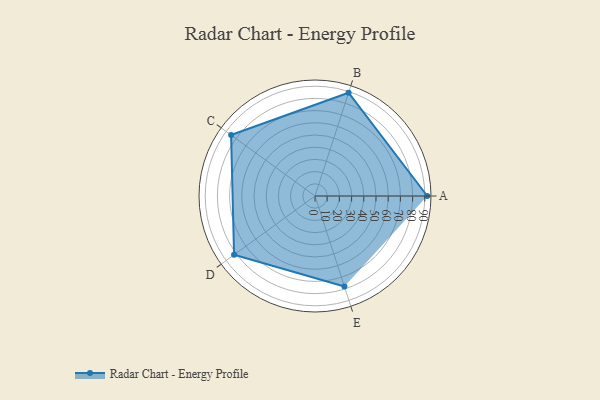
{"axis": {"x": "Skill", "y": "Score"}, "legend": ["Profile"], "data": [{"x": "A", "y": 92.0, "type": "Profile"}, {"x": "B", "y": 89.0, "type": "Profile"}, {"x": "C", "y": 85.0, "type": "Profile"}, {"x": "D", "y": 82.0, "type": "Profile"}, {"x": "E", "y": 78.0, "type": "Profile"}]}